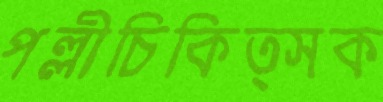
পল্লীচিকিত্সক